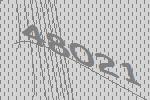
48021